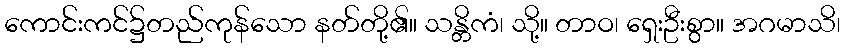
ကောင်းကင်၌တည်ကုန်သော နတ်တို့၏။ သန္တိကံ၊ သို့။ တာဝ၊ ရှေးဦးစွာ။ အဂမာသိ၊